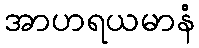
အာဟရယမာနံ